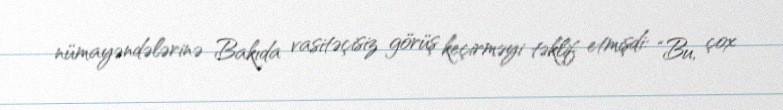
nümayəndələrinə Bakıda vasitəçisiz görüş keçirməyi təklif etmişdi: “Bu, çox